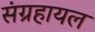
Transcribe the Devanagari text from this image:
संग्रहायल